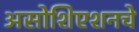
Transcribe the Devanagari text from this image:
असोशिएशनचे